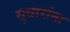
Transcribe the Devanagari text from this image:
सुधारांना